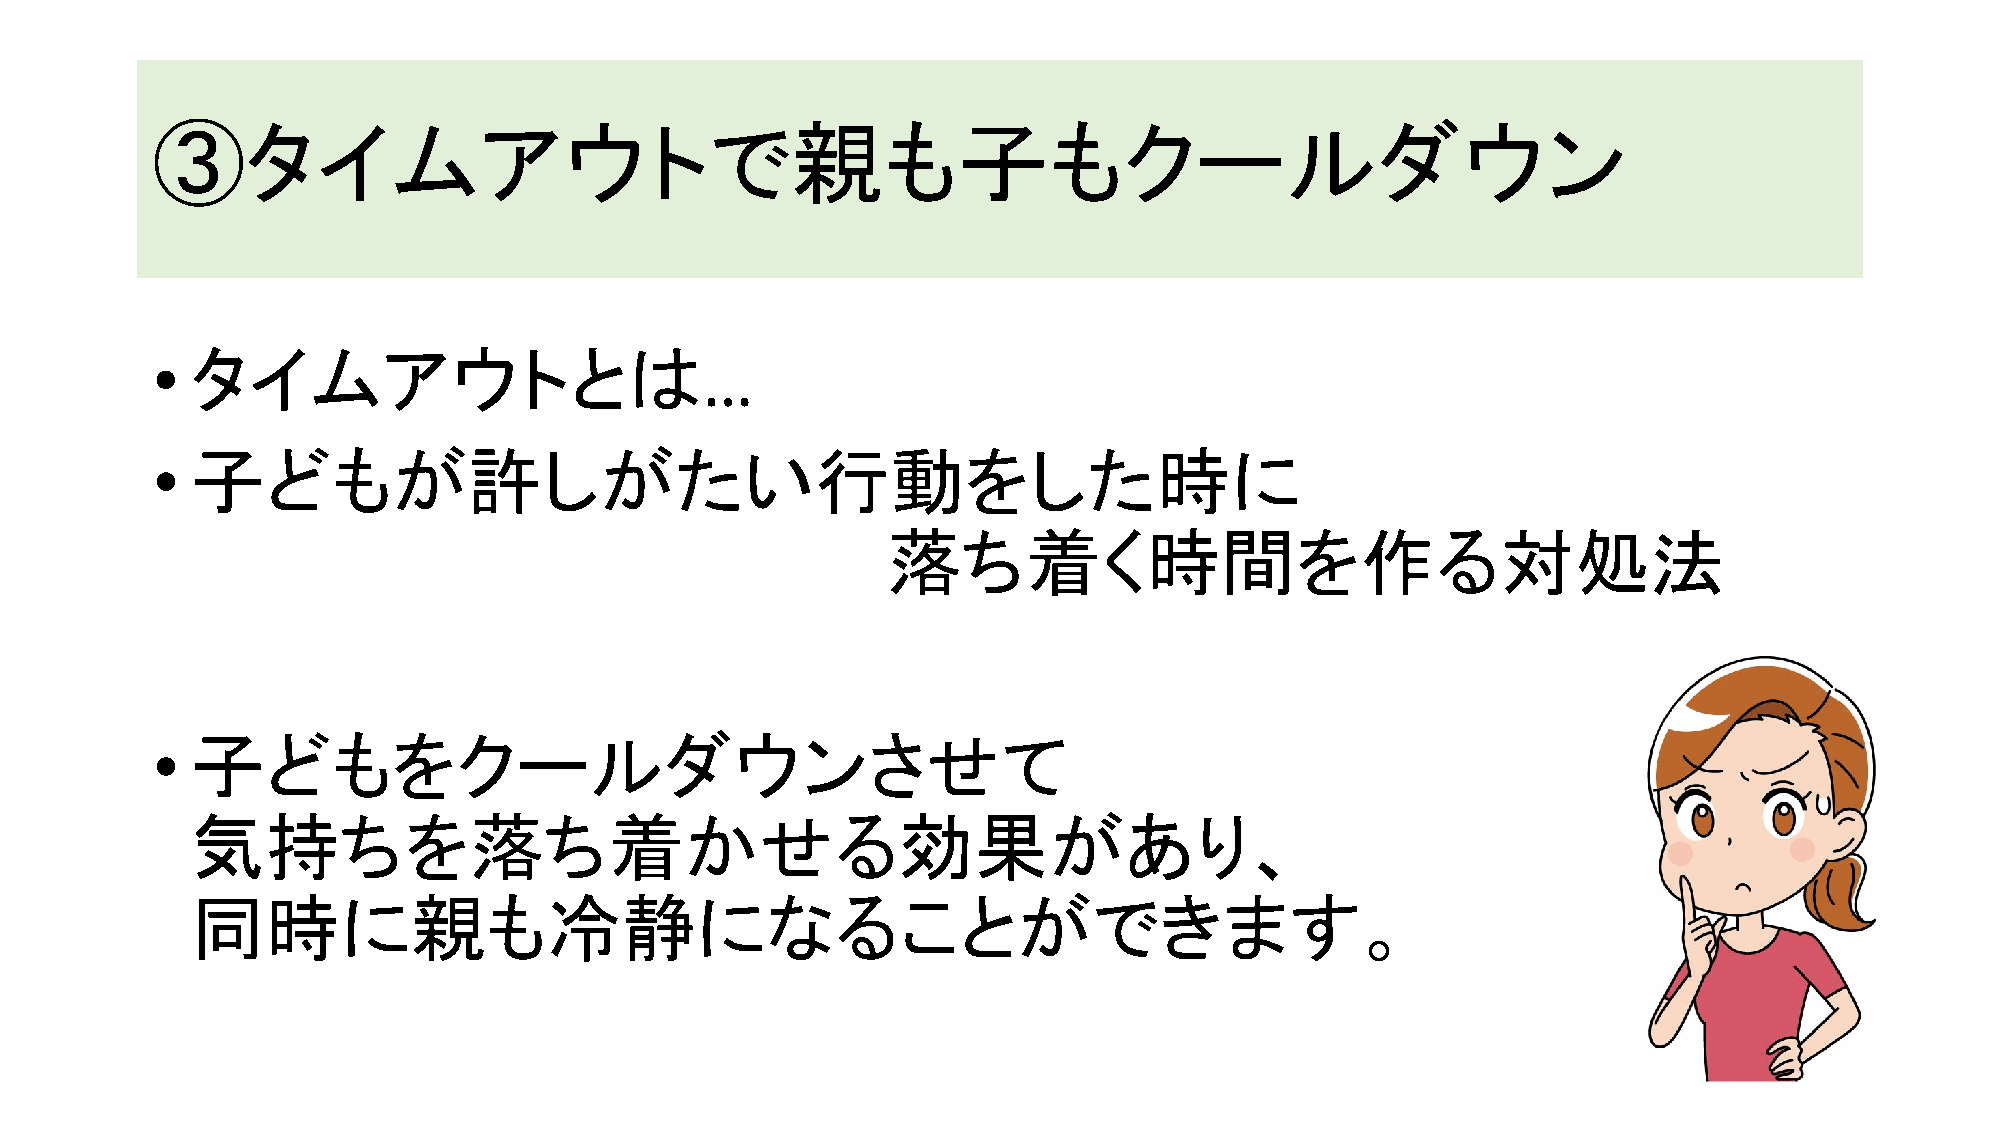
③タイムアウトで親も子もクールダウン
 •  タイムアウトとは                         …
 •  子どもが許しがたい行動をした時に
 落ち着く時間を作る対処法
 •  子どもをクールダウンさせて
 気持ちを落ち着かせる効果があり、
 同時に親も冷静になることができます。